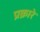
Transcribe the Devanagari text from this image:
प्रक्रारे